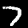
Digit: 7